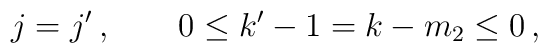
j=j'\,, \qquad 0 \leq k'-1 = k-m_2 \leq 0 \, ,